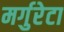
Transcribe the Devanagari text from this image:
मर्गुरेटा